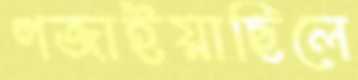
গজাইয়াছিলে